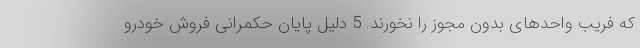
که فریب واحدهای بدون مجوز را نخورند. 5 دلیل پایان حکمرانی فروش خودرو